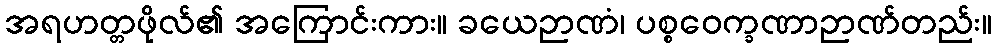
အရဟတ္တဖိုလ်၏ အကြောင်းကား။ ခယေဉာဏံ၊ ပစ္စဝေက္ခဏာဉာဏ်တည်း။